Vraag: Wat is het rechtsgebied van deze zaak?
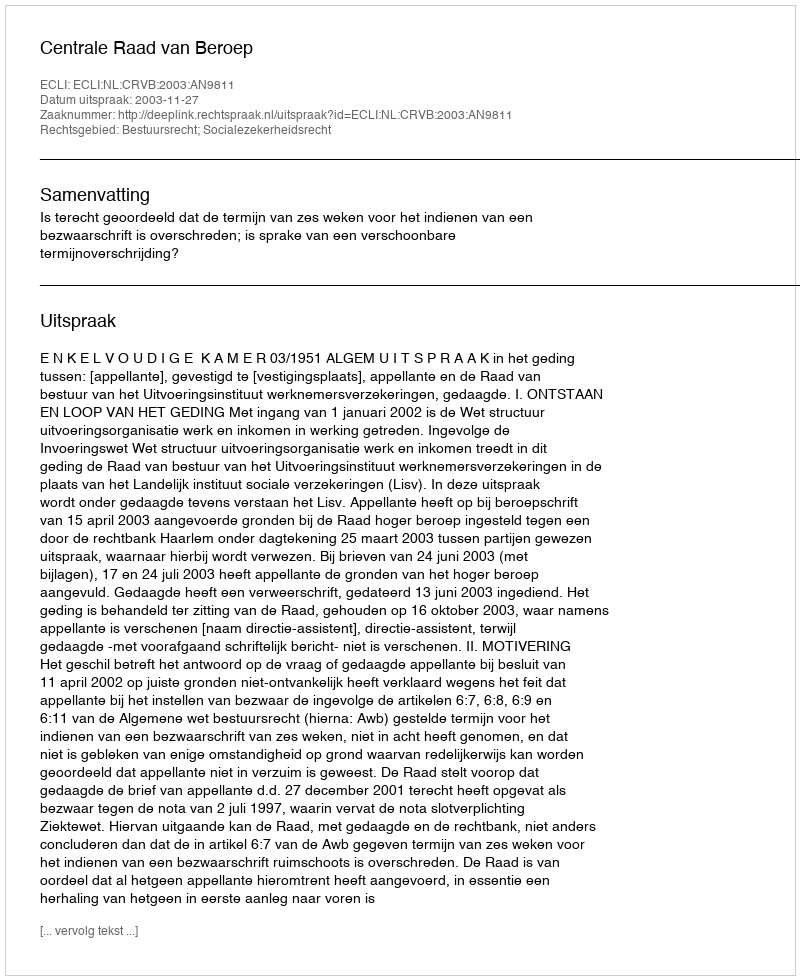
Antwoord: Bestuursrecht; Socialezekerheidsrecht